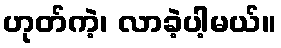
ဟုတ်ကဲ့၊ လာခဲ့ပါ့မယ်။